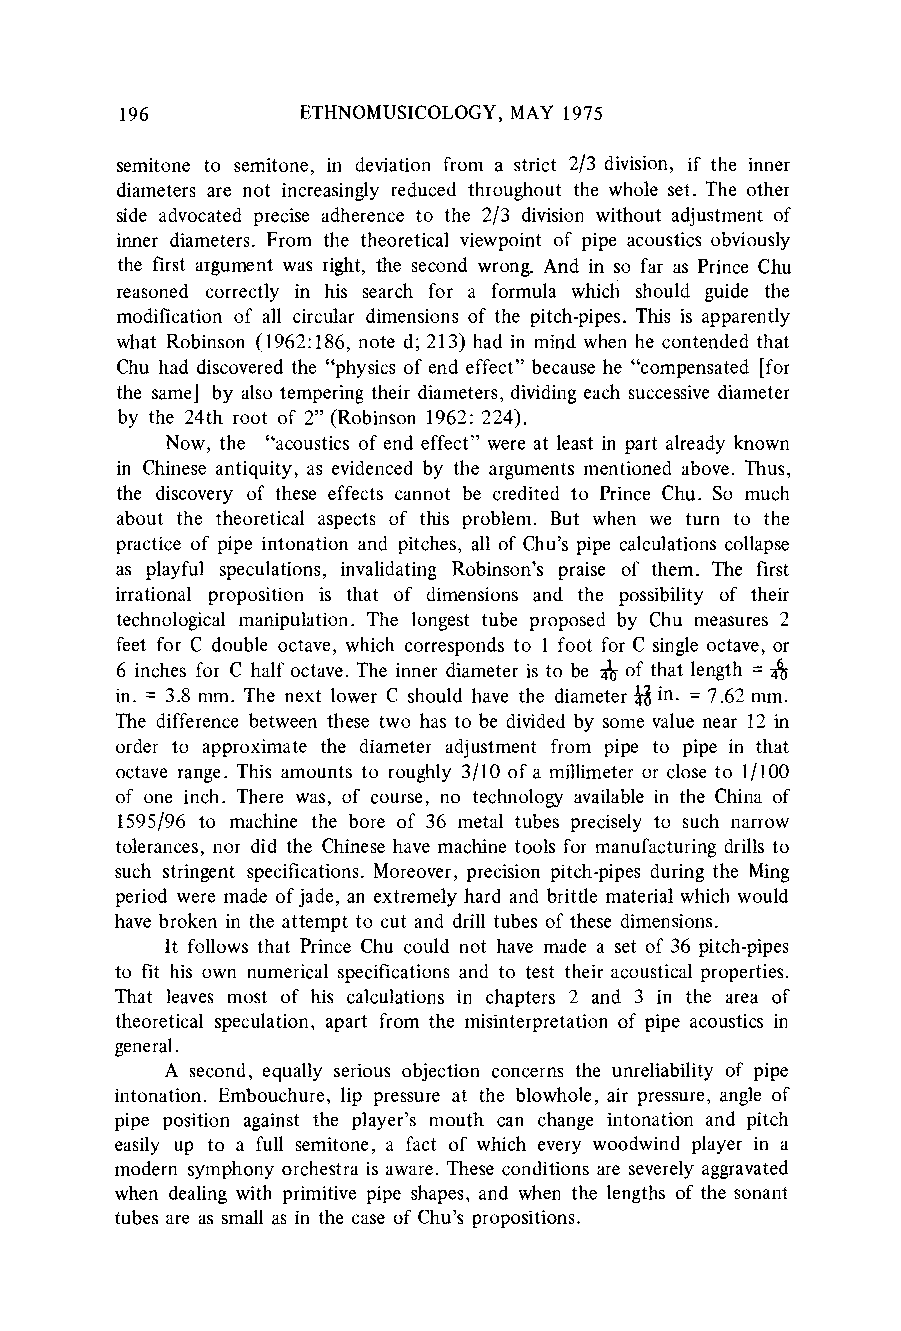
196         ETHNOMUSICOLOGY, MAY 1975
 semitone to semitone, in deviation from a strict 2/3 division, if the inner
 diameters are not increasingly reduced throughout the whole set. The other
 side advocated precise adherence to the 2/3 division without adjustment of
 inner diameters. From the theoretical viewpoint of pipe acoustics obviously
 the first argument was right, the second wrong. And in so far as Prince Chu
 reasoned correctly in his search for a formula which should guide the
 modification of all circular dimensions of the pitch-pipes. This is apparently
 what Robinson (1962:186, note d; 213) had in mind when he contended that
 Chu had discoveredt he "physics of end effect" because he "compensated [for
 the same] by also temperingt heir diameters,d ividinge ach successive diameter
 by the 24th root of 2" (Robinson 1962: 224).
 Now, the "acoustics of end effect" were at least in part already known
 in Chinese antiquity, as evidenced by the argumentsm entioned above. Thus,
 the discovery of these effects cannot be credited to Prince Chu. So much
 about the theoretical aspects of this problem. But when we turn to the
 practice of pipe intonation and pitches, all of Chu's pipe calculationsc ollapse
 as playful speculations, invalidating Robinson's praise of them. The first
 irrational proposition is that of dimensions and the possibility of their
 technological manipulation. The longest tube proposed by Chu measures 2
 feet for C double octave, which correspondst o 1 foot for C single octave, or
 6 inches for C half octave. The inner diameteri s to be & of that length = ^
 in. = 3.8 mm. The next lower C should have the diameterH in. = 7.62 mm.
 The difference between these two has to be divided by some value near 12 in
 order to approximate the diameter adjustment from pipe to pipe in that
 octave range. This amounts to roughly 3/10 of a millimeter or close to 1/100
 of one inch. There was, of course, no technology availablei n the China of
 1595/96 to machine the bore of 36 metal tubes precisely to such narrow
 tolerances, nor did the Chinese have machine tools for manufacturingd rills to
 such stringent specifications. Moreover,p recision pitch-pipes during the Ming
 period were made of jade, an extremely hard and brittle materialw hich would
 have broken in the attempt to cut and drill tubes of these dimensions.
 It follows that Prince Chu could not have made a set of 36 pitch-pipes
 to fit his own numerical specifications and to test their acoustical properties.
 That leaves most of his calculations in chapters 2 and 3 in the area of
 theoretical speculation, apart from the misinterpretationo f pipe acoustics in
 general.
 A second, equally serious objection concerns the unreliability of pipe
 intonation. Embouchure, lip pressure at the blowhole, air pressure, angle of
 pipe position against the player's mouth can change intonation and pitch
 easily up to a full semitone, a fact of which every woodwind player in a
 modern symphony orchestrai s aware. These conditions are severely aggravated
 when dealing with primitive pipe shapes, and when the lengths of the sonant
 tubes are as small as in the case of Chu's propositions.